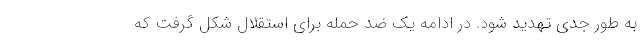
به طور جدی تهدید شود. در ادامه یک ضد حمله برای استقلال شکل گرفت که